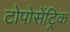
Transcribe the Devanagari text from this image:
टोपोसेंट्रिक